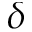
\delta